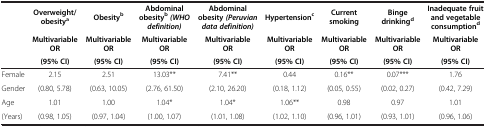
<table><thead><tr><td rowspan="3"><b> </b></td><td><b>Overweight/obesity<sup>a</sup></b></td><td><b>Obesity<sup>b</sup></b></td><td><b>Abdominal obesity<sup>b </sup><i>(WHO definition)</i></b></td><td><b>Abdominal obesity <i>(Peruvian data definition)</i></b></td><td><b>Hypertension<sup>c</sup></b></td><td><b>Current smoking</b></td><td><b>Binge drinking<sup>d</sup></b></td><td><b>Inadequate fruit and vegetable consumption<sup>d</sup></b></td></tr><tr><td><b>Multivariable OR</b></td><td><b>Multivariable OR</b></td><td><b>Multivariable OR</b></td><td><b>Multivariable OR</b></td><td><b>Multivariable OR</b></td><td><b>Multivariable OR</b></td><td><b>Multivariable OR</b></td><td><b>Multivariable OR</b></td></tr><tr><td><b>(95% CI)</b></td><td><b>(95% CI)</b></td><td><b>(95% CI)</b></td><td><b>(95% CI)</b></td><td><b>(95% CI)</b></td><td><b>(95% CI)</b></td><td><b>(95% CI)</b></td><td><b>(95% CI)</b></td></tr></thead><tbody><tr><td>Female</td><td>2.15</td><td>2.51</td><td>13.03**</td><td>7.41**</td><td>0.44</td><td>0.16**</td><td>0.07***</td><td>1.76</td></tr><tr><td>Gender</td><td>(0.80, 5.78)</td><td>(0.63, 10.05)</td><td>(2.76, 61.50)</td><td>(2.10, 26.20)</td><td>(0.18, 1.12)</td><td>(0.05, 0.55)</td><td>(0.02, 0.27)</td><td>(0.42, 7.29)</td></tr><tr><td>Age</td><td>1.01</td><td>1.00</td><td>1.04*</td><td>1.04*</td><td>1.06**</td><td>0.98</td><td>0.97</td><td>1.01</td></tr><tr><td>(Years)</td><td>(0.98, 1.05)</td><td>(0.97, 1.04)</td><td>(1.00, 1.07)</td><td>(1.01, 1.08)</td><td>(1.02, 1.10)</td><td>(0.96, 1.01)</td><td>(0.93, 1.01)</td><td>(0.96, 1.06)</td></tr></tbody></table>